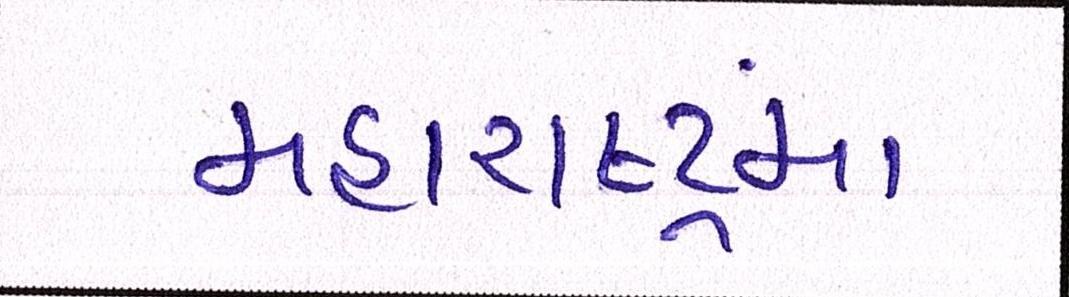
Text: મહારાષ્ટ્રમાં